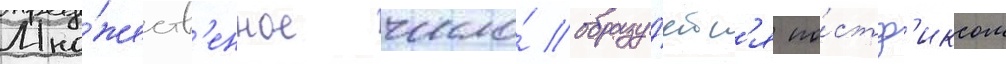
Мно́жеств'енное число́ образу́етс'я по́стф'иксом